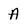
Character: A